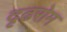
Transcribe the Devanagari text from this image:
दृढरोम